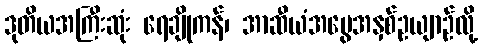
ဒုတိယအကြီးဆုံး ရေချိုကန်၊ အာဆီယံအမွေအနှစ်ဥယျာဉ်လို့